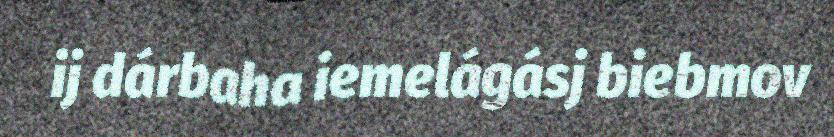
ij dárbaha iemelágásj biebmov